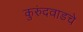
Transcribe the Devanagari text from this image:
कुरुंदवाडचे